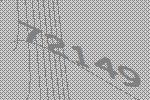
72149